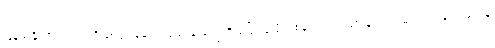
မြန်မာနိုင်ငံရဲ့ လက်ရှိဖြစ်ပွားနေတဲ့ ပြဿနာတွေကို ဖြေရှင်းဖို့တစ်ခုတည်းသော နည်းလမ်းက တန်းတူရေးနဲ့